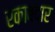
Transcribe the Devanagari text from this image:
रकाबदार